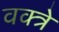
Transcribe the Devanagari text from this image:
वक्त्रे